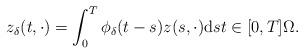
LaTeX: \begin{align*}z_{\delta}(t, \cdot) = \int_{0}^{T} \phi_{\delta}(t - s) z(s, \cdot) \mathrm{d}s t \in [0, T] \Omega. \end{align*}